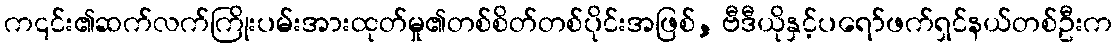
က၎င်း၏ဆက်လက်ကြိုးပမ်းအားထုတ်မှု၏တစ်စိတ်တစ်ပိုင်းအဖြစ်, ဗီဒီယိုနှင့်ပရော်ဖက်ရှင်နယ်တစ်ဦးက